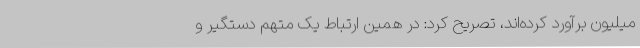
میلیون برآورد کرده‌اند، تصریح کرد: در همین ارتباط یک متهم دستگیر و